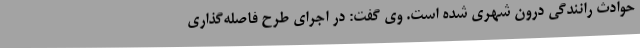
حوادث رانندگی درون شهری شده است. وی گفت: در اجرای طرح فاصله‌گذاری